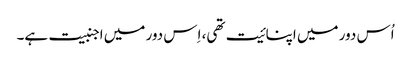
اُس دور میں اپنائیت تھی، اِس دور میں اجنبیت ہے۔